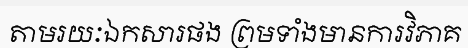
តាមរយៈឯកសារផង ព្រមទាំងមានការវិភាគ